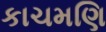
કાચમણિ